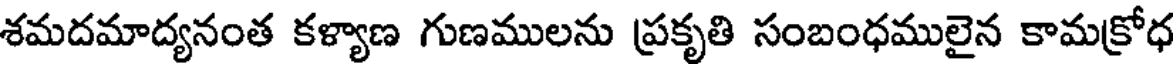
శమదమాద్యనంత కళ్యాణ గుణములను ప్రకృతి సంబంధములైన కామక్రోధ